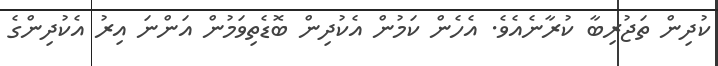
ކުދިން ތަޖުރިބާ ކުރާނެއެވެ. އެހެން ކަމުން އެކުދިން ބޮޑެތިވަމުން އަންނަ އިރު އެކުދިންގެ